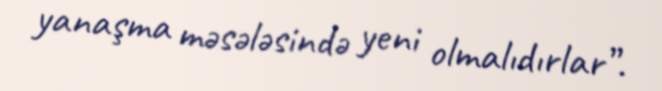
yanaşma məsələsində yeni olmalıdırlar”.